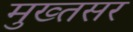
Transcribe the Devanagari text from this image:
मुख्तसर